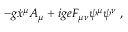
- g \dot { x } ^ { \mu } A _ { \mu } + i g e F _ { \mu \nu } \psi ^ { \mu } \psi ^ { \nu } \; ,